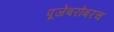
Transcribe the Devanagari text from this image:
पूजेबरोबरच